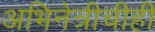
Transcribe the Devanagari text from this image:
अभिनेत्रीचीही